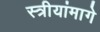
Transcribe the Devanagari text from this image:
स्त्रीयांमागे